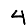
Digit: 4